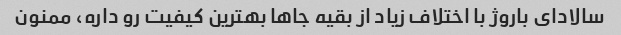
سالادای باروژ با اختلاف زیاد از بقیه جاها بهترین کیفیت رو داره، ممنون